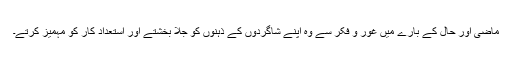
ماضی اور حال کے بارے میں غور و فکر سے وہ اپنے شاگردوں کے ذہنوں کو جلا بخشتے اور استعداد کار کو مہمیز کرتے۔